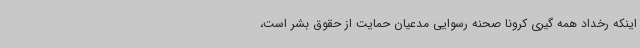
اینکه رخداد همه گیری کرونا صحنه رسوایی مدعیان حمایت از حقوق بشر است،